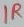
Text: 1R